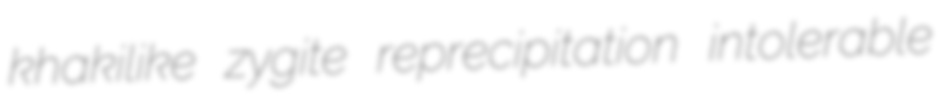
khakilike zygite reprecipitation intolerable